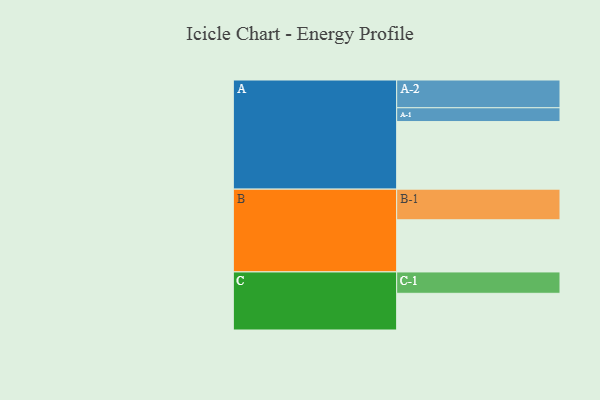
{"axis": {"x": "Segment", "y": "Value"}, "legend": ["", "A", "B", "C"], "data": [{"x": "A", "y": 582, "type": ""}, {"x": "B", "y": 449, "type": ""}, {"x": "C", "y": 316, "type": ""}, {"x": "A-1", "y": 119, "type": "A"}, {"x": "A-2", "y": 239, "type": "A"}, {"x": "B-1", "y": 264, "type": "B"}, {"x": "C-1", "y": 184, "type": "C"}]}